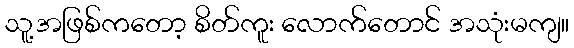
သူ့အဖြစ်ကတော့ စိတ်ကူး လောက်တောင် အသုံးမကျ။